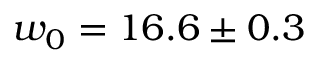
w _ { 0 } = 1 6 . 6 \pm 0 . 3